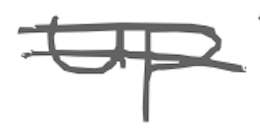
Text: up
Cross-out: double-line
Writing tool: digital_gray